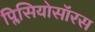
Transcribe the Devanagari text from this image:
प्लिसियोसॉरस